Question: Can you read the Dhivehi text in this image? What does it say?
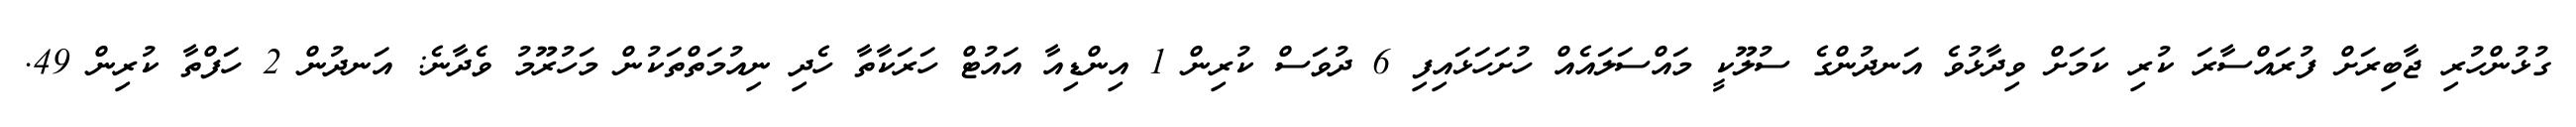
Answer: ގުޅުންހުރި ޖާބިރަށް ފުރައްސާރަ ކުރި ކަމަށް ވިދާޅުވެ އަނދުންގެ ސުލޫކީ މައްސަލައެއް ހުށަހަޅައިފި 6 ދުވަސް ކުރިން 1 އިންޑިއާ އައުޓް ހަރަކާތާ ހެދި ނިއުމަތްތަކުން މަހުރޫމު ވެދާނެ: އަނދުން 2 ހަފްތާ ކުރިން 49.